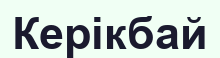
Керікбай